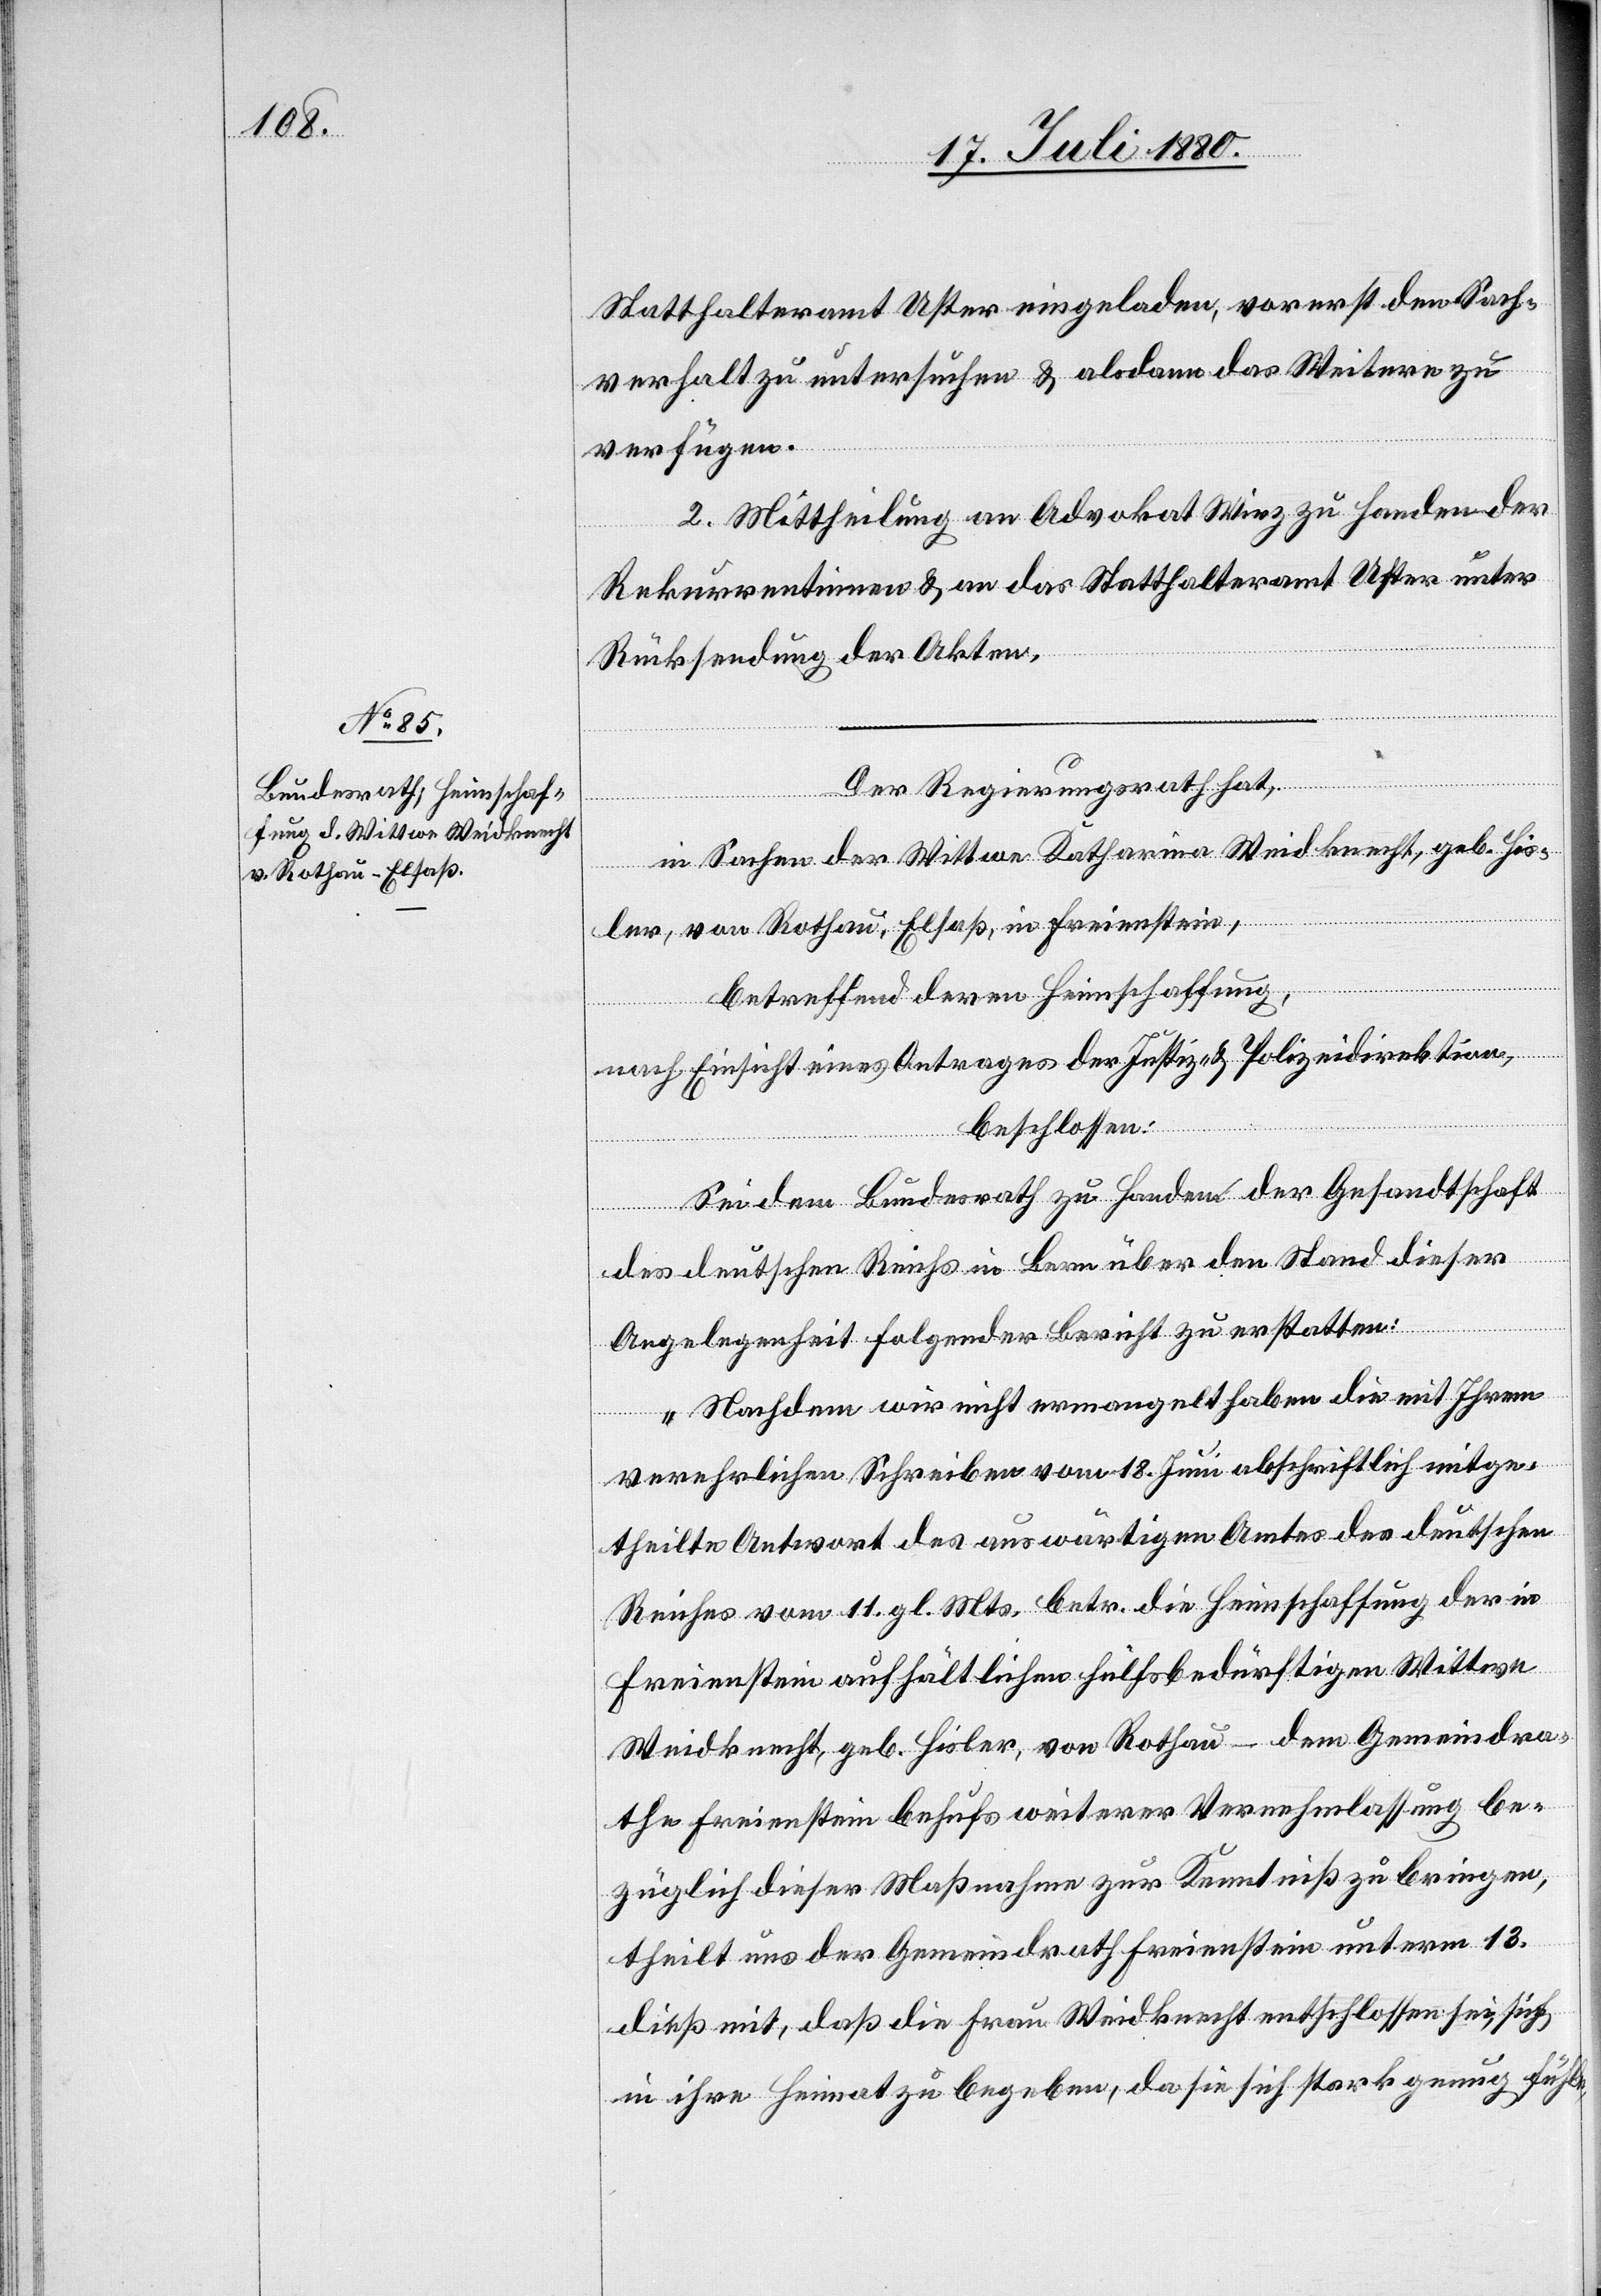
von Rothau, Elsaß,

Statthalteramt Uster eingeladen, vorerst den Sach¬
verhalt zu untersuchen & alsdann das Weitere zu
verfügen.
2. Mittheilung an Advokat Wirz zu Handen der
Rekurrentinnen & an das Statthalteramt Uster unter
Rücksendung der Akten.
Der Regierungsrath hat,
in Sachen der Wittwe Katharina Weidknecht, geb. His¬
enst¬
ein,
betreffend deren Heimschaffung,
nach Einsicht eines Antrages der Justiz- & Polizeidirektion,
beschlossen:
Sei dem Bundesrath zu Handen der Gesandtschaft
des deutschen Reichs in Bern über den Stand dieser
Angelegenheit folgender Bericht zu erstatten:
„Nachdem wir nicht ermangelt haben die mit Ihrem
verehrlichen Schreiben vom 18. Juni abschriftlich mitge¬
theilten Antwort des auswärtigen Amtes des deutschen
Reiches vom 11. gl. Mts. betr. die Heimschaffung der in
Freienstein aufhältlichen hülfsbedürftigen Wittwe
Weidknecht, geb. Hisler, von Rothau – dem Gemeindera¬
the Freienstein behufs weiterer Vernehmlassung be¬
züglich dieser Massnahme zur Kenntniß zu bringen,
theilt uns der Gemeindrath Freienstein unterm 13.
dieß mit, daß die Frau Weidknecht entschlossen sei, sich
in ihre Heimat zu begeben, da sie sich stark genug fühle,